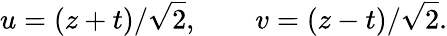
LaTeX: u=(z+t)/\sqrt{2},\qquad v=(z-t)/\sqrt{2}.